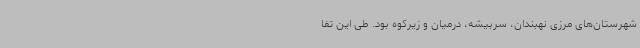
شهرستان‌های مرزی نهبندان، سربیشه، درمیان و زیرکوه بود. طی این تفا